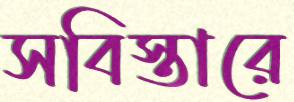
সবিস্তারে